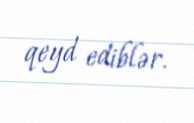
qeyd ediblər.